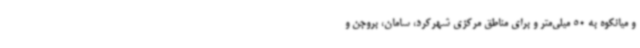
و میانکوه به 50 میلی‌متر و برای مناطق مرکزی شهرکرد، سامان، بروجن و